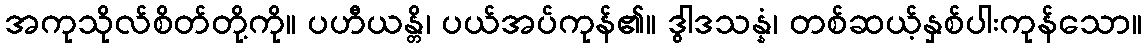
အကုသိုလ်စိတ်တို့ကို။ ပဟီယန္တိ၊ ပယ်အပ်ကုန်၏။ ဒွါဒသန္နံ၊ တစ်ဆယ့်နှစ်ပါးကုန်သော။